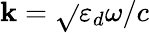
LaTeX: \mathbf{k}=\sqrt{}{{\varepsilon_{d}}}\omega/c